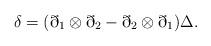
LaTeX: \begin{align*} \delta = (\eth_1 \otimes \eth_2 - \eth_2 \otimes \eth_1) \Delta. \end{align*}